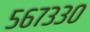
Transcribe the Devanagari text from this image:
५६७३३०